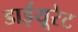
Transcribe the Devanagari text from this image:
डाईयूरेट